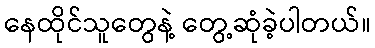
နေထိုင်သူတွေနဲ့ တွေ့ဆုံခဲ့ပါတယ်။